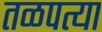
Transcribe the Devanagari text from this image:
तळपत्या